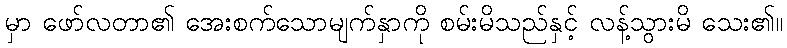
မှာ ဖော်လတာ၏ အေးစက်သောမျက်နှာကို စမ်းမိသည်နှင့် လန့်သွားမိ သေး၏။